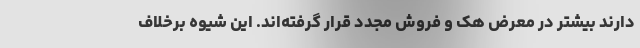
دارند بیشتر در معرض هک و فروش مجدد قرار گرفته‌اند. این شیوه برخلاف